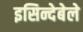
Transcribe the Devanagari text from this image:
इसिन्देबेले